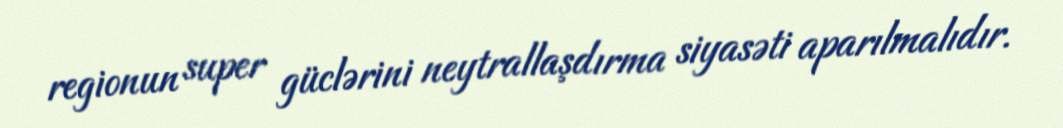
regionun super güclərini neytrallaşdırma siyasəti aparılmalıdır.